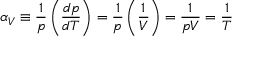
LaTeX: \alpha _ { V } \equiv { \frac { 1 } { p } } \left( { \frac { d p } { d T } } \right) = { \frac { 1 } { p } } \left( { \frac { 1 } { V } } \right) = { \frac { 1 } { p V } } = { \frac { 1 } { T } }